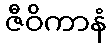
ဇီဝိကာနံ